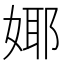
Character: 𭒅